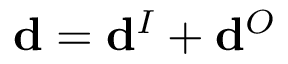
\mathbf { d } = \mathbf { d } ^ { I } + \mathbf { d } ^ { O }